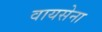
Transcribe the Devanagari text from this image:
वायसेना